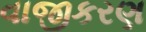
વાજીકરણ